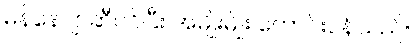
မန်နေဂျာဆီဝင်ပြီး အမျိုးမျိုး တောင်းပန်သည်။